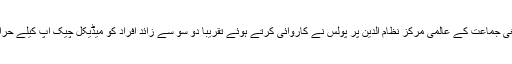
گزشتہ روز تبلیغی جماعت کے عالمی مرکز نظام الدین پر پولس نے کاروائی کرتے ہوئے تقریباً دو سو سے زائد افراد کو میڈیکل چیک اپ کیلے حرارت میں لیا ہے۔